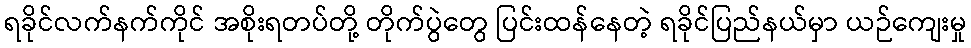
ရခိုင်လက်နက်ကိုင် အစိုးရတပ်တို့ တိုက်ပွဲတွေ ပြင်းထန်နေတဲ့ ရခိုင်ပြည်နယ်မှာ ယဉ်ကျေးမှု